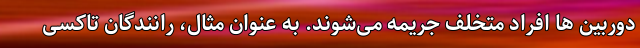
دوربین ‌ها افراد متخلف جریمه می‌شوند. به عنوان مثال، رانندگان تاکسی